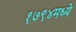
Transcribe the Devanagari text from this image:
१७९४मध्ये